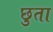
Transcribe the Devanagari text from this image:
छुता